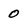
Character: 0